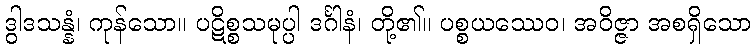
ဒွါဒသန္နံ၊ ကုန်သော။ ပဋိစ္စသမုပ္ပါ ဒင်္ဂါနံ၊ တို့၏။ ပစ္စယဿေဝ၊ အဝိဇ္ဇာ အစရှိသော